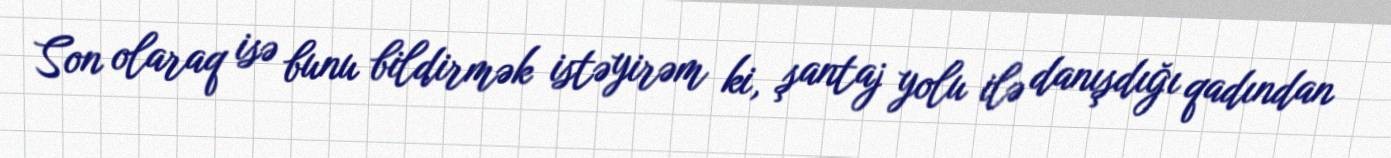
Son olaraq isə bunu bildirmək istəyirəm ki, şantaj yolu ilə danışdığı qadından